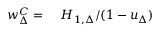
\begin{array} { r l } { w _ { \Delta } ^ { C } = } & { { } \ H _ { 1 , \Delta } / ( 1 - u _ { \Delta } ) } \end{array}